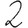
Digit: 2